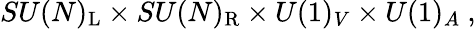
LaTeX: SU(N)_{\mathrm{{L}}}\times SU(N)_{\mathrm{{R}}}\times U(1)_{V}\times U(1)_{A}~,